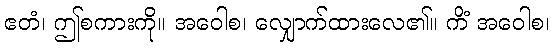
ဧတံ၊ ဤစကားကို။ အဝေါစ၊ လျှောက်ထားလေ၏။ ကိံ အဝေါစ၊